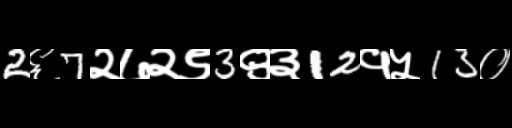
Text: 2६7२७२९3९३12१५13०